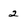
Character: 2